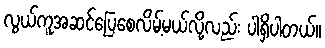
လွယ်ကူအဆင်ပြေစေလိမ့်မယ်လို့လည်း ပါရှိပါတယ်။